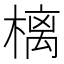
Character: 樆